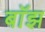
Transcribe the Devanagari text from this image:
बाॅझ